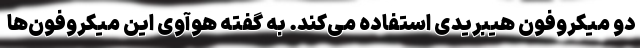
دو میکروفون هیبریدی استفاده می‌کند. به گفته هوآوی این میکروفون‌ها